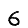
Digit: 6